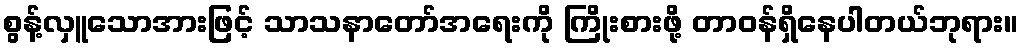
စွန့်လှူသောအားဖြင့် သာသနာတော်အရေးကို ကြိုးစားဖို့ တာဝန်ရှိနေပါတယ်ဘုရား။